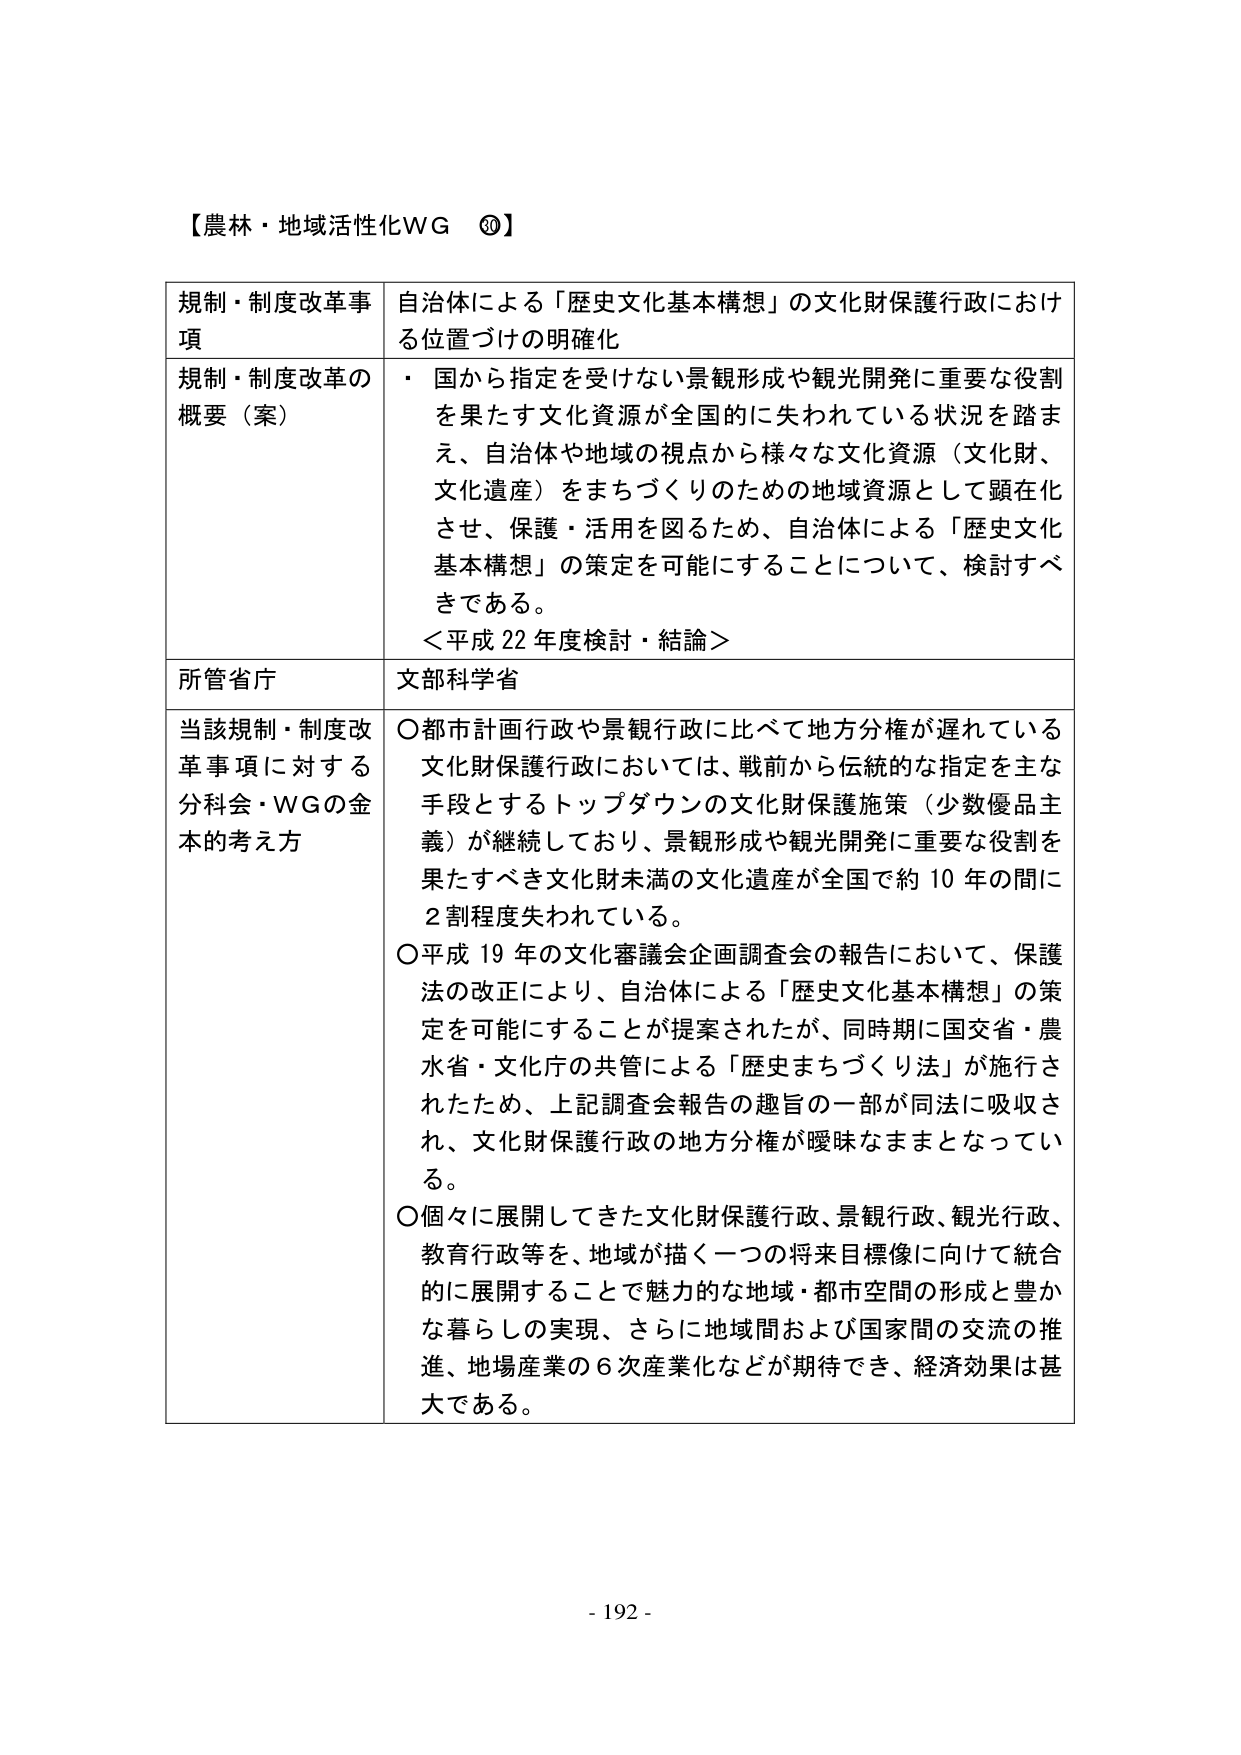
【農林・地域活性化WG ⑳】

規制・制度改革事項　自治体による「歴史文化基本構想」の文化財保護行政における位置づけの明確化

規制・制度改革の概要（案）　・国から指定を受けない景観形成や観光開発に重要な役割を果たす文化資源が全国的に失われている状況を踏まえ、自治体や地域の視点から様々な文化資源（文化財、文化遺産）をまちづくりのための地域資源として顕在化させ、保護・活用を図るため、自治体による「歴史文化基本構想」の策定を可能にすることについて、検討すべきである。
＜平成22年度検討・結論＞

所管省庁　文部科学省

当該規制・制度改革事項に対する分科会・WGの基本的考え方　○都市計画行政や景観行政に比べて地方分権が遅れている文化財保護行政においては、戦前から伝統的な指定を主な手段とするトップダウンの文化財保護施策（少数優品主義）が継続しており、景観形成や観光開発に重要な役割を果たすべき文化財未満の文化遺産が全国で約10年の間に2割程度失われている。
○平成19年の文化審議会企画調査会の報告において、保護法の改正により、自治体による「歴史文化基本構想」の策定を可能にすることが提案されたが、同時期に国交省・農水省・文化庁の共管による「歴史まちづくり法」が施行されたため、上記調査会報告の趣旨の一部が同法に吸収され、文化財保護行政の地方分権が曖昧なままとなっている。
○個々に展開してきた文化財保護行政、景観行政、観光行政、教育行政等を、地域が描く一つの将来目標像に向けて統合的に展開することで魅力的な地域・都市空間の形成と豊かな暮らしの実現、さらに地域間および国家間の交流の推進、地場産業の6次産業化などが期待でき、経済効果は甚大である。

- 192 -